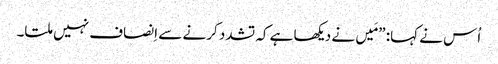
‏ اُس نے کہا:‏ ”‏مَیں نے دیکھا ہے کہ تشدد کرنے سے اِنصاف نہیں ملتا۔